Problem: 44 + 24 = ?
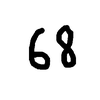
Handwritten answer: 68